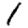
Digit: 1